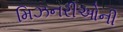
મિઝનરીઓની